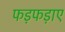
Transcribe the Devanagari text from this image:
फड़फड़ाए